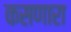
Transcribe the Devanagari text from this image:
कसणारा